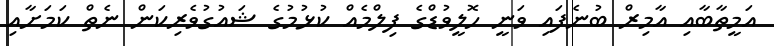
އަމީތާބާއި އާމިރް ބުނެފައި ވަނީ ހޮލީވުޑްގެ ފިލްމެއް ކުޅުމުގެ ޝައުގުވެރިކަން ނެތް ކަމަށާއި